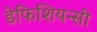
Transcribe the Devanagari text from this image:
डेफिशियन्सी